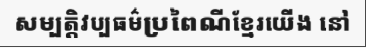
សម្បត្តិវប្បធម៌ប្រពៃណីខ្មែរយើង នៅ